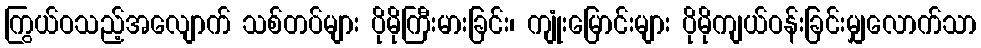
ကြွယ်ဝသည့်အလျောက် သစ်တပ်များ ပိုမိုကြီးမားခြင်း၊ ကျုံးမြောင်းများ ပိုမိုကျယ်ဝန်းခြင်းမျှလောက်သာ